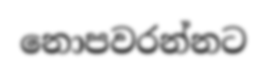
නොපවරන්නට